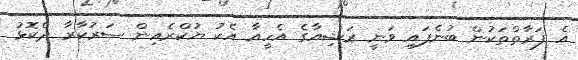
އެ ފަރާތްތަކުން ބުނެފައި ވަނީ ރަޝިއާގެ އެހީއާ އެކު ޔުކްރެއިން ސަރުކާރާ ދެކޮޅު